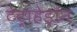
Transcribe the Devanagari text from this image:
टेट्राहेड्रॉन